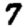
Digit: 7